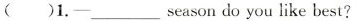
( )1.-season_ do you like best?